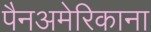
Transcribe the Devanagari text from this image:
पैनअमेरिकाना